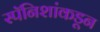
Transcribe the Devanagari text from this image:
स्पॅनिशांकडून